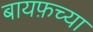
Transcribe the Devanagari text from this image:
बायफ़च्या